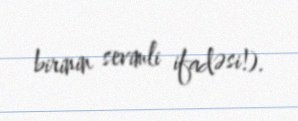
birinin sevimli ifadəsi!).